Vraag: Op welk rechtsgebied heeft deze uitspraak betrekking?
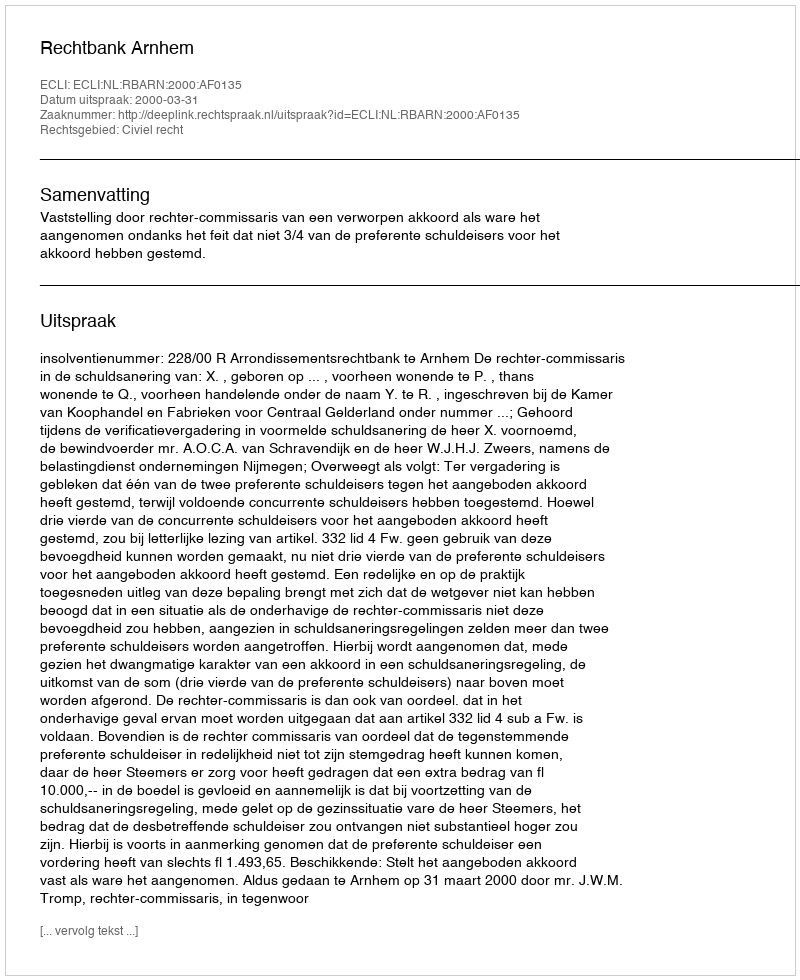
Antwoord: Civiel recht